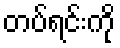
တပ်ရင်းကို